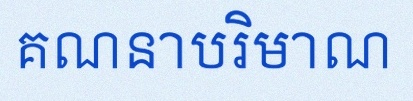
គណនាបរិមាណ